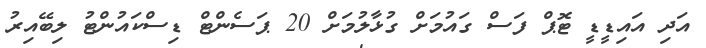
އަދި އައިޑީޑީ ޓޮޕް ފަސް ގައުމަށް ގުޅާލުމަށް 20 ޕަސެންޓް ޑިސްކައުންޓު ލިބޭއިރު